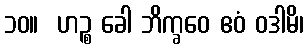
၁၀။  ဟဉ္စ ခေါ ဘိက္ခဝေ ဧဝံ ဝဒါမိ၊